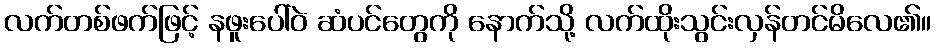
လက်တစ်ဖက်ဖြင့် နဖူးပေါ်ဝဲ ဆံပင်တွေကို နောက်သို့ လက်ထိုးသွင်းလှန်တင်မိလေ၏။